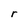
Character: r